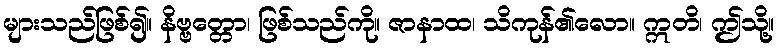
များသည်ဖြစ်၍။ နိဗ္ဗတ္တော၊ ဖြစ်သည်ကို။ ဇာနာထ၊ သိကုန်၏လော။ ဣတိ၊ ဤသို့။